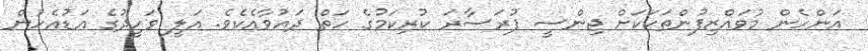
އަންހެން މުވައްޒިފުންތަކަކަށް ޖިންސީ ފުރަސާރަ ކުރިކަމުގެ ހަތް ދައުވާއެކެވެ. އަލީ ވަހީދުގެ އަޑުއެހުން